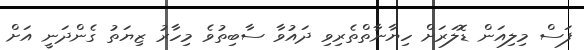
ފަސް މިލިއަން ޑޮލަރަށް ހިޔާނާތްތެރިވި ދައުވާ ސާބިތުވެ މިހާރު ޒިޔަތު ގެންދަނީ އަށް